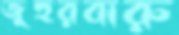
জুহুরবারু